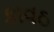
કાવઠ